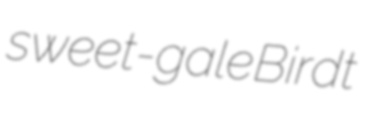
sweet-gale Birdt